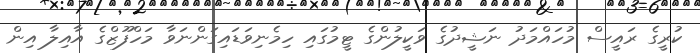
ކުރީގެ ރައީސް މުހައްމަދު ނަޝީދުގެ ވަކީލުންގެ ޓީމުގައި ހިމެނިވަޑައިގަންނަވާ މަހްފޫޒްގެ އާއިލާ އިން